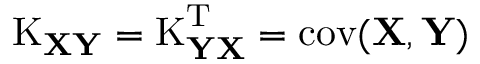
\operatorname { K } _ { \mathbf { X Y } } = \operatorname { K } _ { \mathbf { Y X } } ^ { \mathrm { { T } } } = \operatorname { c o v } ( \mathbf { X } , \mathbf { Y } )